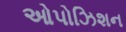
ઓપોઝિશન